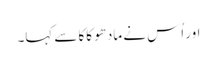
اور اُس نے مادھو کاکا سے کہا۔